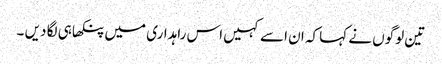
تین لوگوں نے کہا کہ ان اسے کہیں اس راہداری میں پنکھا ہی لگا دیں ۔